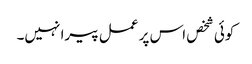
کوئی شخص اس پر عمل پیرا نہیں۔